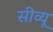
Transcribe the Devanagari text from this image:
सीव्‍यू